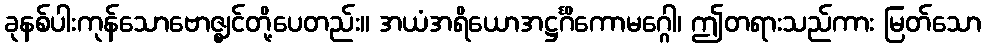
ခုနစ်ပါးကုန်သောဗောဇ္ဈင်တို့ပေတည်း။ အယံအရိယောအဋ္ဌင်္ဂိကောမဂ္ဂေါ၊ ဤတရားသည်ကား မြတ်သော